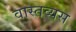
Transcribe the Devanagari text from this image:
वास्तव्यस